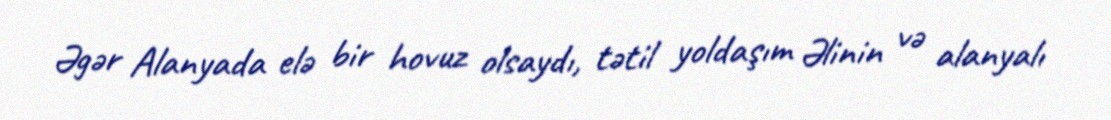
Əgər Alanyada elə bir hovuz olsaydı, tətil yoldaşım Əlinin və alanyalı